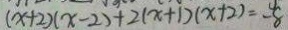
( x + 2 ) ( x - 2 ) + 2 ( x + 1 ) ( x + 2 ) = - 8